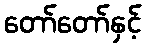
တော်တော်နှင့်